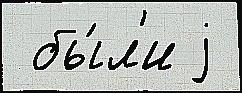
 бы́л'и j